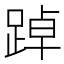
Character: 踔